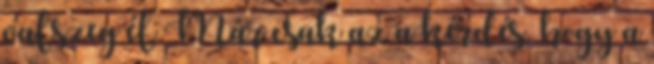
valszeg él Már csak az a kérdés, hogy a